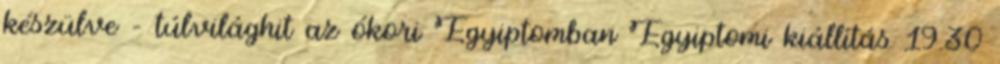
készülve – túlvilághit az ókori Egyiptomban Egyiptomi kiállítás 19.30